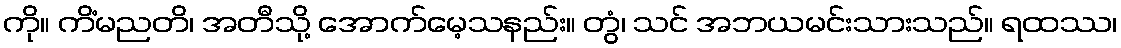
ကို။ ကိံမညတိ၊ အတီသို့ အောက်မေ့သနည်း။ တွံ၊ သင် အဘယမင်းသားသည်။ ရထဿ၊